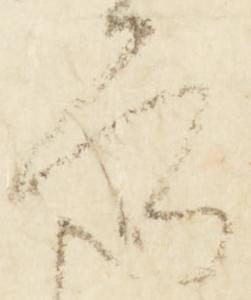
知